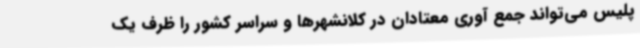
پلیس می‌تواند جمع آوری معتادان در کلانشهرها و سراسر کشور را ظرف یک